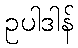
ဥပါဒါန်